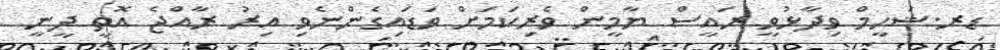
ޑރ.ޝަހީމް ވިދާޅުވީ ރައީސް ޔާމީން ވެރިކަމަށް ވަޑައިގެންނެވި އިރު ރާއްޖެ އޮތީ ދީނީ